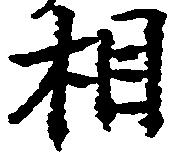
相